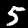
Label: 5